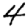
Digit: 4